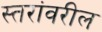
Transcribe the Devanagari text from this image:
स्‍तरांवरील